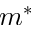
m ^ { * }